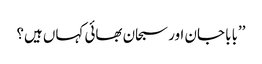
’’بابا جان اور سبحان بھائی کہاں ہیں؟